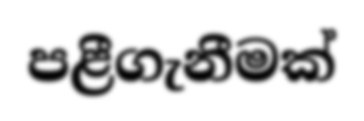
පළීගැනීමක්